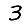
Digit: 3